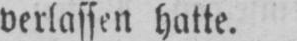
verlassen hatte.